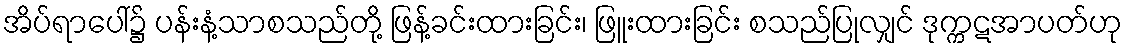
အိပ်ရာပေါ်၌ ပန်းနံ့သာစသည်တို့ ဖြန့်ခင်းထားခြင်း၊ ဖြူးထားခြင်း စသည်ပြုလျှင် ဒုက္ကဋအာပတ်ဟု